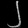
Digit: ၂